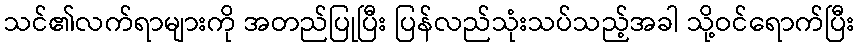
သင်၏လက်ရာများကို အတည်ပြုပြီး ပြန်လည်သုံးသပ်သည့်အခါ သို့ဝင်ရောက်ပြီး